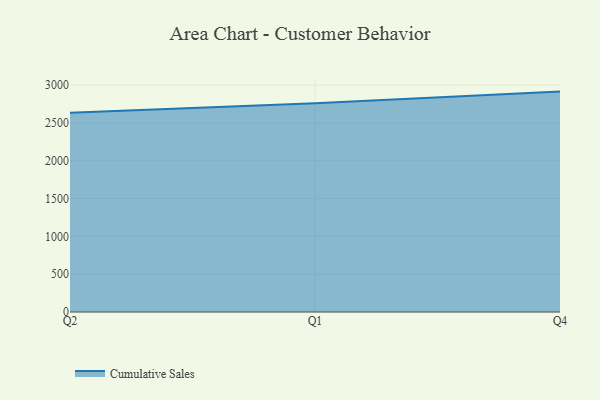
{"axis": {"x": "Quarter", "y": "Headcount"}, "legend": ["Cumulative Sales"], "data": [{"x": "Q2", "y": 2635.4, "type": "Cumulative Sales"}, {"x": "Q1", "y": 2761.9, "type": "Cumulative Sales"}, {"x": "Q4", "y": 2914.6, "type": "Cumulative Sales"}]}